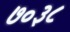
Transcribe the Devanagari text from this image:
७०३८